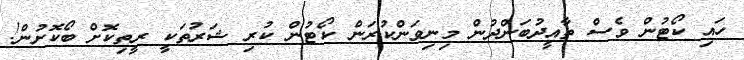
ހައި ކޯޓުން ވެސް ތާއީދުބަންދުން މިނިވަންކުރަން ކޯޓުން ކުރި ޝަރުތަކީ ރީތިކޮށް ބޯކޮށުން!